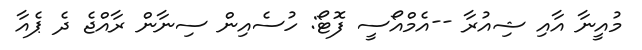
މުއީނާ އާއި ޝިއުރާ --އެމްއޯސީ ފޮޓޯ: ހުސެއިން ސިނާން ރާއްޖެ ދެ ޕެއާ